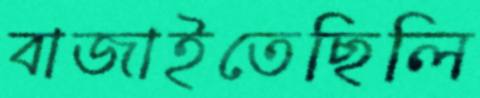
বাজাইতেছিলি